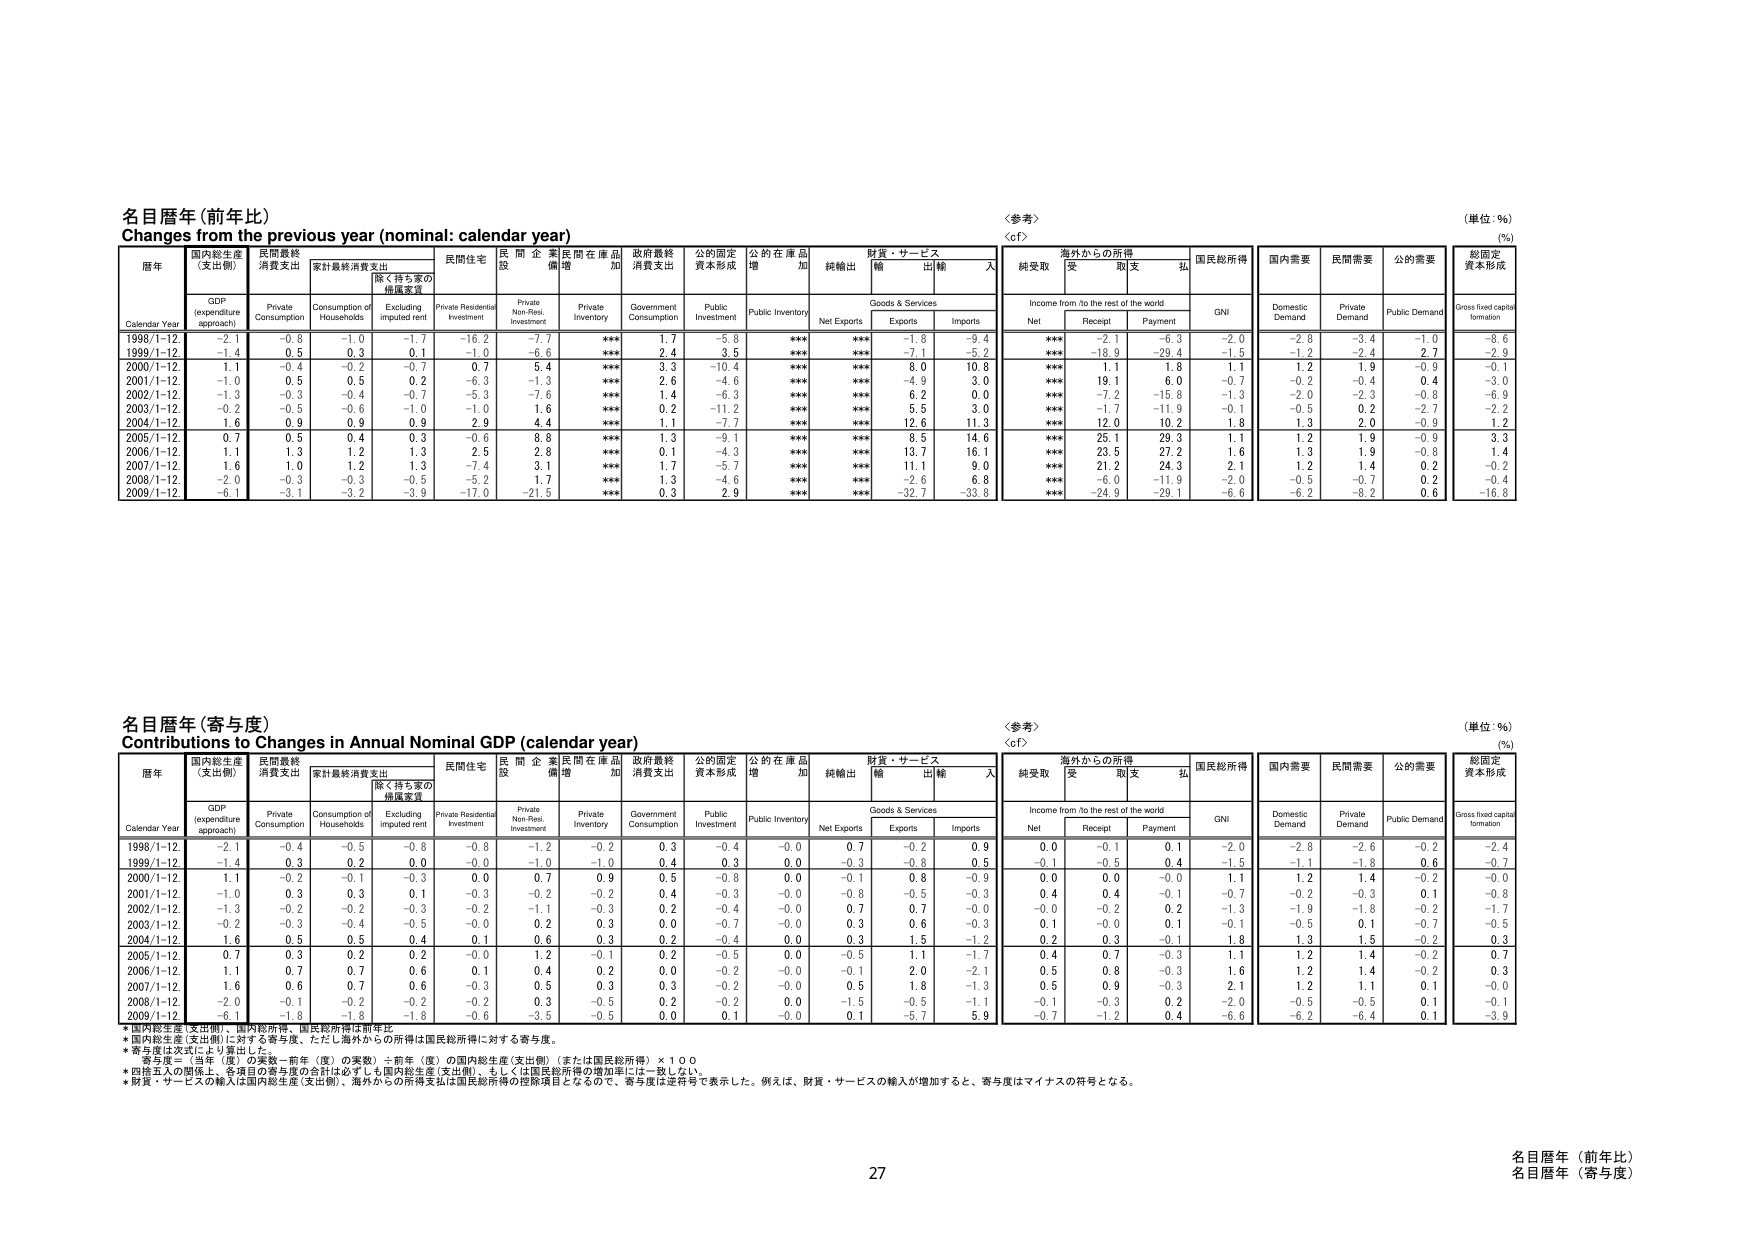
名目暦年 (前年比)
Changes from the previous year (nominal: calendar year)
〈参考〉
〈cf〉
(単位：％)
(%)

暦年
国内総生産 (支出側)
民間最終消費支出
家計最終消費支出
民間住宅
民間企業
民間在庫品増加
政府最終消費支出
公的固定資本形成
公的在庫品増加
純輸出
財貨・サービス
海外からの所得
国民総所得
国内需要
民間需要
公的需要
総固定資本形成

Calendar Year
GDP (expenditure approach)
Private Consumption
Consumption of Households
Excluding imputed rent
Private Residential Investment
Private Non-Res. Investment
Private Inventory
Government Consumption
Public Investment
Public Inventory
Net Exports
Goods & Services
Income from/to the rest of the world
GNI
Domestic Demand
Private Demand
Public Demand
Gross fixed capital formation

1998/1-12
-2.1
-0.8
-1.0
-1.7
-16.2
-7.7
***
1.7
-5.8
***
***
-1.8
-9.4
***
-2.1
-6.3
-2.0
-2.8
-3.4
-1.0
-8.6

1999/1-12
-1.4
0.5
0.3
0.1
-1.0
-6.6
***
2.4
3.5
***
***
-7.1
-5.2
***
-18.9
-29.4
-1.5
-1.2
-2.4
2.7
-2.9

2000/1-12
1.1
-0.4
-0.2
-0.7
0.7
5.4
***
3.3
-10.4
***
***
6.0
10.8
***
1.1
1.8
1.1
1.2
1.9
-0.9
-0.1

2001/1-12
-1.0
0.5
0.5
0.2
-6.3
-1.3
***
2.6
-4.6
***
***
-4.9
3.0
***
19.1
6.0
-0.7
-0.2
-0.4
0.4
-3.0

2002/1-12
-1.3
-0.3
-0.4
-0.7
-5.3
-7.6
***
1.4
-6.3
***
***
6.2
0.0
***
-7.2
-15.8
-1.3
-2.0
-2.3
-0.8
-6.9

2003/1-12
-0.2
-0.5
-0.6
-1.0
-1.0
1.6
***
0.2
-11.2
***
***
5.5
3.0
***
-1.7
-11.9
-0.1
-0.5
0.2
-2.7
-2.2

2004/1-12
1.6
0.9
0.9
0.9
2.9
4.4
***
1.1
-7.7
***
***
12.6
11.3
***
12.0
10.2
1.8
1.3
2.0
-0.9
1.2

2005/1-12
0.7
0.5
0.4
0.3
-0.6
8.8
***
1.3
-9.1
***
***
8.5
14.6
***
25.1
29.3
1.1
1.2
1.9
-0.9
3.3

2006/1-12
1.1
1.3
1.2
1.3
2.5
2.8
***
0.1
-4.3
***
***
13.7
16.1
***
23.5
27.2
1.6
1.3
1.9
-0.8
1.4

2007/1-12
1.6
1.0
1.2
1.3
-7.4
3.1
***
1.7
-5.7
***
***
11.1
9.0
***
21.2
24.3
2.1
1.2
1.4
0.2
-0.2

2008/1-12
-2.0
-0.3
-0.3
-0.5
-5.2
1.7
***
1.3
-4.6
***
***
-2.6
6.8
***
-6.0
-11.9
-2.0
-0.5
-0.7
0.2
-0.4

2009/1-12
-6.1
-3.1
-3.2
-3.9
-17.0
-21.5
***
0.3
2.9
***
***
-32.7
-33.0
***
-24.9
-29.1
-6.6
-6.2
-8.2
0.6
-16.8

名目暦年 (寄与度)
Contributions to Changes in Annual Nominal GDP (calendar year)
〈参考〉
〈cf〉
(単位：％)
(%)

暦年
国内総生産 (支出側)
民間最終消費支出
家計最終消費支出
民間住宅
民間企業
民間在庫品増加
政府最終消費支出
公的固定資本形成
公的在庫品増加
純輸出
財貨・サービス
海外からの所得
国民総所得
国内需要
民間需要
公的需要
総固定資本形成

Calendar Year
GDP (expenditure approach)
Private Consumption
Consumption of Households
Excluding imputed rent
Private Residential Investment
Private Non-Res. Investment
Private Inventory
Government Consumption
Public Investment
Public Inventory
Net Exports
Goods & Services
Income from/to the rest of the world
GNI
Domestic Demand
Private Demand
Public Demand
Gross fixed capital formation

1998/1-12
-2.1
-0.4
-0.5
-0.8
-0.8
-1.2
-0.2
0.3
-0.4
-0.0
0.7
-0.2
0.9
0.0
-0.1
0.1
-2.0
-2.8
-2.6
-0.2
-2.4

1999/1-12
-1.4
0.3
0.2
0.0
-0.0
-1.0
-1.0
0.4
0.3
0.0
-0.3
-0.8
0.5
-0.1
-0.5
0.4
-1.5
-1.1
-1.8
0.6
-0.7

2000/1-12
1.1
-0.2
-0.1
-0.3
0.0
0.7
0.9
0.5
-0.8
0.0
-0.1
0.8
-0.9
0.0
0.0
-0.0
1.1
1.2
1.4
-0.2
-0.0

2001/1-12
-1.0
0.3
0.3
0.1
-0.3
-0.2
-0.2
0.4
-0.3
-0.0
-0.8
-0.5
-0.3
0.4
0.4
-0.1
-0.7
-0.2
-0.3
0.1
-0.8

2002/1-12
-1.3
-0.2
-0.2
-0.3
-0.2
-1.1
-0.3
0.2
-0.4
-0.0
0.7
0.7
-0.0
-0.0
-0.2
0.2
-1.3
-1.9
-1.6
-0.2
-1.7

2003/1-12
-0.2
-0.3
-0.4
-0.5
-0.0
0.2
0.3
0.0
-0.7
-0.0
0.3
0.6
-0.3
0.1
-0.0
0.1
-0.1
-0.5
0.1
-0.7
-0.5

2004/1-12
1.6
0.5
0.5
0.4
0.1
0.6
0.3
0.2
-0.4
0.0
0.3
1.5
-1.2
0.2
0.3
-0.1
1.8
1.3
1.5
-0.2
0.3

2005/1-12
0.7
0.3
0.2
0.2
-0.0
1.2
-0.1
0.2
-0.5
0.0
-0.5
1.1
-1.7
0.4
0.7
-0.3
1.1
1.2
1.4
-0.2
0.7

2006/1-12
1.1
0.7
0.7
0.6
0.1
0.4
0.2
0.0
-0.2
-0.0
-0.1
2.0
-2.1
0.5
0.8
-0.3
1.6
1.2
1.4
-0.2
0.3

2007/1-12
1.6
0.6
0.7
0.6
-0.3
0.5
0.3
0.3
-0.2
-0.0
0.5
1.8
-1.3
0.5
0.9
-0.3
2.1
1.2
1.1
0.1
-0.0

2008/1-12
-2.0
-0.1
-0.2
-0.2
-0.2
0.3
-0.5
0.2
-0.2
0.0
-1.5
-0.5
-1.1
-0.1
-0.3
0.2
-2.0
-0.5
-0.5
0.1
-0.1

2009/1-12
-6.1
-1.8
-1.8
-1.8
-0.6
-3.5
-0.5
0.0
0.1
-0.0
0.1
-5.7
5.9
-0.7
-1.2
0.4
-6.6
-6.2
-6.4
0.1
-3.9

* 国内総生産 (支出側)、国内総所得、国民総所得は前年比
* 国内総生産 (支出側) に対する寄与度、ただし海外からの所得は国民総所得に対する寄与度。
* 寄与度は次式により算出した。
　寄与度＝（当年（度）の実数－前年（度）の実数）÷前年（度）の国内総生産 (支出側)（または国民総所得）×１００
* 四捨五入の関係上、各項目の寄与度の合計は必ずしも国内総生産 (支出側)、もしくは国民総所得の増加率には一致しない。
* 財貨・サービスの輸入は国内総生産 (支出側)、海外からの所得支出は国民総所得の控除項目となるので、寄与度は逆符号で表示した。例えば、財貨・サービスの輸入が増加すると、寄与度はマイナスの符号となる。

27
名目暦年（前年比）
名目暦年（寄与度）